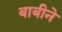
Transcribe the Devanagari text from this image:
बाबीने